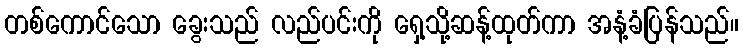
တစ်ကောင်သော ခွေးသည် လည်ပင်းကို ရှေ့သို့ဆန့်ထုတ်ကာ အနံ့ခံပြန်သည်။